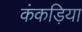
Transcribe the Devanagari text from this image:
कंकड़िया